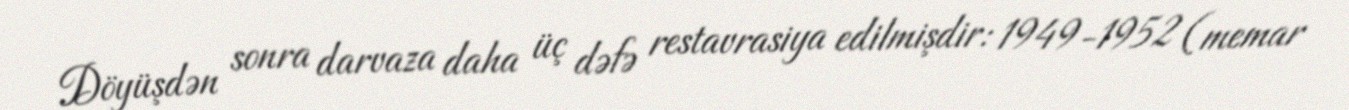
Döyüşdən sonra darvaza daha üç dəfə restavrasiya edilmişdir: 1949-1952 (memar